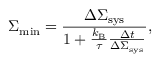
\Sigma _ { \mathrm { m i n } } = \frac { \Delta \Sigma _ { \mathrm { s y s } } } { 1 + \frac { k _ { \mathrm { B } } } { \tau } \frac { \Delta t } { \Delta \Sigma _ { \mathrm { s y s } } } } ,